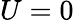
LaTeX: U=0